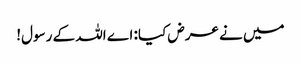
میں نے عرض کیا: اے اللہ کے رسول!